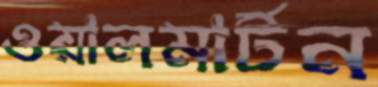
ওয়ালমার্টন